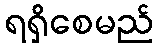
ရရှိစေမည်